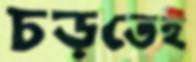
চড়তেই